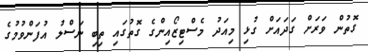
ގޮތުން ވަރަށް ގަދައަށް ގުޅި މިއަދު މެސްޓިޒޯއިންގެ ގޮތުގައި ތިބި ނަސްލު އުފަންވުމުގެ